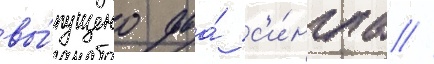
вы́пущено два́ с'и́нгла //